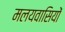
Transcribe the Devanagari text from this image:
मलयवासियों